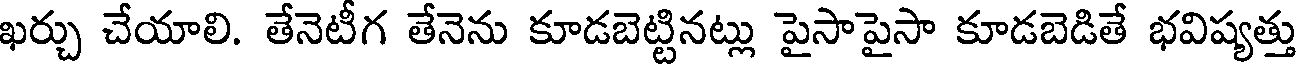
ఖర్చు చేయాలి. తేనెటీగ తేనెను కూడబెట్టినట్లు పైసాపైసా కూడబెడితే భవిష్యత్తు